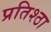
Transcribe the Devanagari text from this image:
प्रतिश्ठा